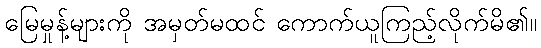
မြေမှုန့်များကို အမှတ်မထင် ကောက်ယူကြည့်လိုက်မိ၏။